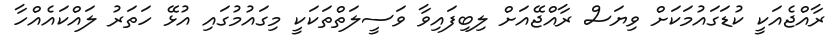
ރާއްޖެއަކީ ކުޑަގައުމަކަށް ވިޔަސް ރާއްޖޭއަށް ލިބިފައިވާ ވަސީލަތްތަކަކީ މިގައުމުގައި އުޅޭ ހަތަރު ލައްކައެއްހާ